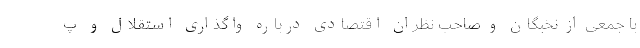
با جمعی از نخبگان و صاحب نظران اقتصادی درباره واگذاری استقلال و پ